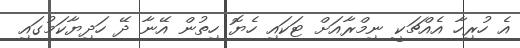
އެ ހުރިހާ އެއްޗަކީ ނިމްރާއަށް ޓަކައި ހެޔޮ ހިތުން އޭނާ ދޭ ހަދިޔާކަމުގައި